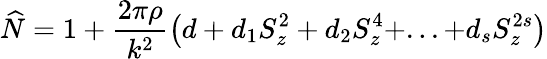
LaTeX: \widehat{N}=1+\frac{2\pi\rho}{k^{2}}\left(d+d_{1}S_{z}^{2}+d_{2}S_{z}^{4}+...+d_{s}S_{z}^{2s}\right)